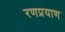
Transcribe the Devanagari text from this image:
रणप्रयाण